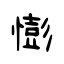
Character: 憉